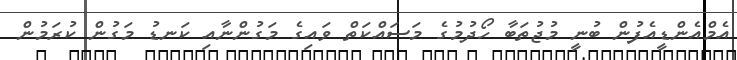
އެމްއެންޑީއެފުން ބުނީ މުޖުތަބާ ހޯދުމުގެ މަސައްކަތް ވައިގެ މަގުންނާއި ކަނޑު މަގުން ކުރަމުން